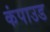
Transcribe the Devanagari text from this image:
कंपाउड